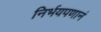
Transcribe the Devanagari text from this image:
निर्भयपणानं